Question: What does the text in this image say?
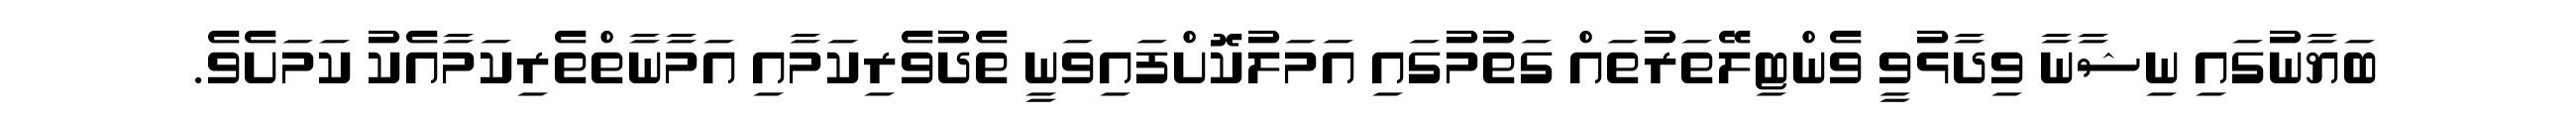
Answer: ބަޔާނުގައި ނިޝާނާ ވިދާޅުވީ ވެންޓިލޭތަރުތައް ގަތުމުގައި އަމަލުކޮށްފައިވަނީ ތެދުވެރިކަމާއި އަމާނާތްތެރިކަމާއެކު ކަމަށެވެ.